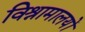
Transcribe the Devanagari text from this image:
विश्रामालयों